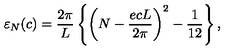
{ \varepsilon } _ { N } ( c ) = \frac { 2 \pi } { L } \left\{ \left( N - \frac { e c L } { 2 \pi } \right) ^ { 2 } - \frac { 1 } { 1 2 } \right\} ,